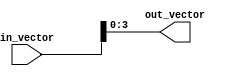
module PartSelectContinuousAssignment (
    input [7:0] in_vector,  // 8-bit input vector
    output [3:0] out_vector // 4-bit output vector
);

// Continuous assignment using part select
assign out_vector = in_vector[3:0]; // Select bits [3:0] from the input vector

endmodule